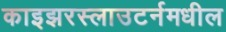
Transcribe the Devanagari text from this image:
काइझरस्लाउटर्नमधील